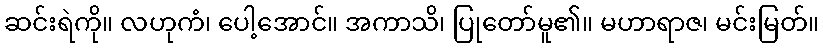
ဆင်းရဲကို။ လဟုကံ၊ ပေါ့အောင်။ အကာသိ၊ ပြုတော်မူ၏။ မဟာရာဇ၊ မင်းမြတ်။